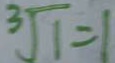
\sqrt [ 3 ] { 1 } = 1